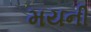
મયની